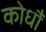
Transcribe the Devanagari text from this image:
कोधौं